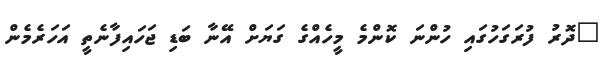
"ދޮރު ފުރަގަހުގައި ހުންނަ ކޮންމެ މީހެއްގެ ގަޔަށް އޭނާ ބަޑި ޖަހައިފާނެތީ އަހަރެމެން